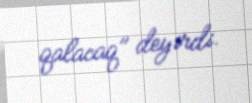
qalacaq" deyirdi.